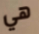
هي